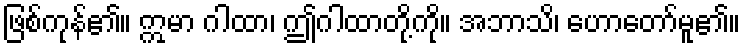
ဖြစ်ကုန်၏။ ဣမာ ဂါထာ၊ ဤဂါထာတို့ကို။ အဘာသိ၊ ဟောတော်မူ၏။